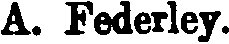
A. Federley.